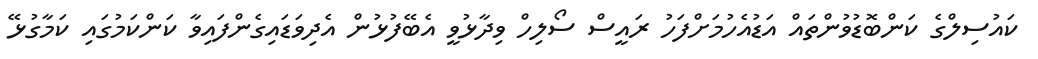
ކައުސިލްގެ ކަންބޮޑުވުންތައް އަޑުއެހުމަށްފަހު ރައީސް ސޯލިހް ވިދާޅުވީ އެބޭފުޅުން އެދިވަޑައިގެންފައިވާ ކަންކަމުގައި ކަމާގުޅޭ